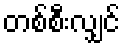
တစ်စီးလျှင်